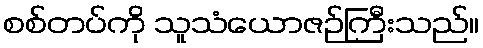
စစ်တပ်ကို သူသံယောဇဉ်ကြီးသည်။